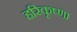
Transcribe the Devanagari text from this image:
हरिकृष्णा